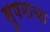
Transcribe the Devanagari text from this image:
सुषमाचा